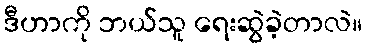
ဒီဟာကို ဘယ်သူ ရေးဆွဲခဲ့တာလဲ။